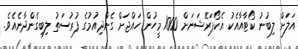
އަލަށް ލިބުނު ކޯޓާއާއެކު އެކޯޕަރޭޝަނަށް 1000 މީހުން ހައްޖަށް ގެންދިއުމުގެ ފުރުސަތު ލިބިގެންދާނެއެވެ.